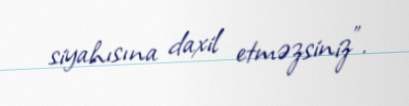
siyahısına daxil etməzsiniz”.